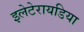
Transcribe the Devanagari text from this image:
इलेटेरायडिया